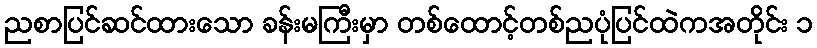
ညစာပြင်ဆင်ထားသော ခန်းမကြီးမှာ တစ်ထောင့်တစ်ညပုံပြင်ထဲကအတိုင်း ၁